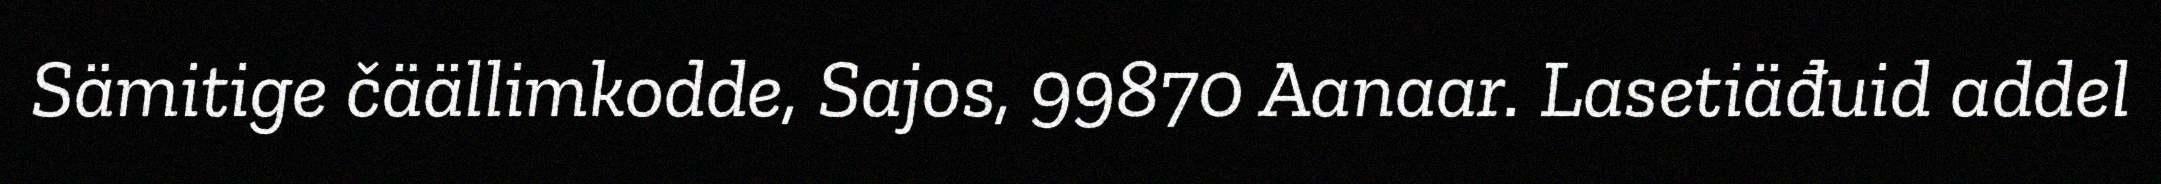
Sämitige čäällimkodde, Sajos, 99870 Aanaar. Lasetiäđuid addel